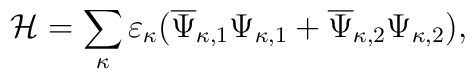
{\cal H}=\sum_{\kappa}^{}\varepsilon_{\kappa}(\overline{\Psi}_{\kappa,1}{\Psi}_{\kappa,1}+\overline{\Psi}_{\kappa,2}{\Psi}_{\kappa,2}),